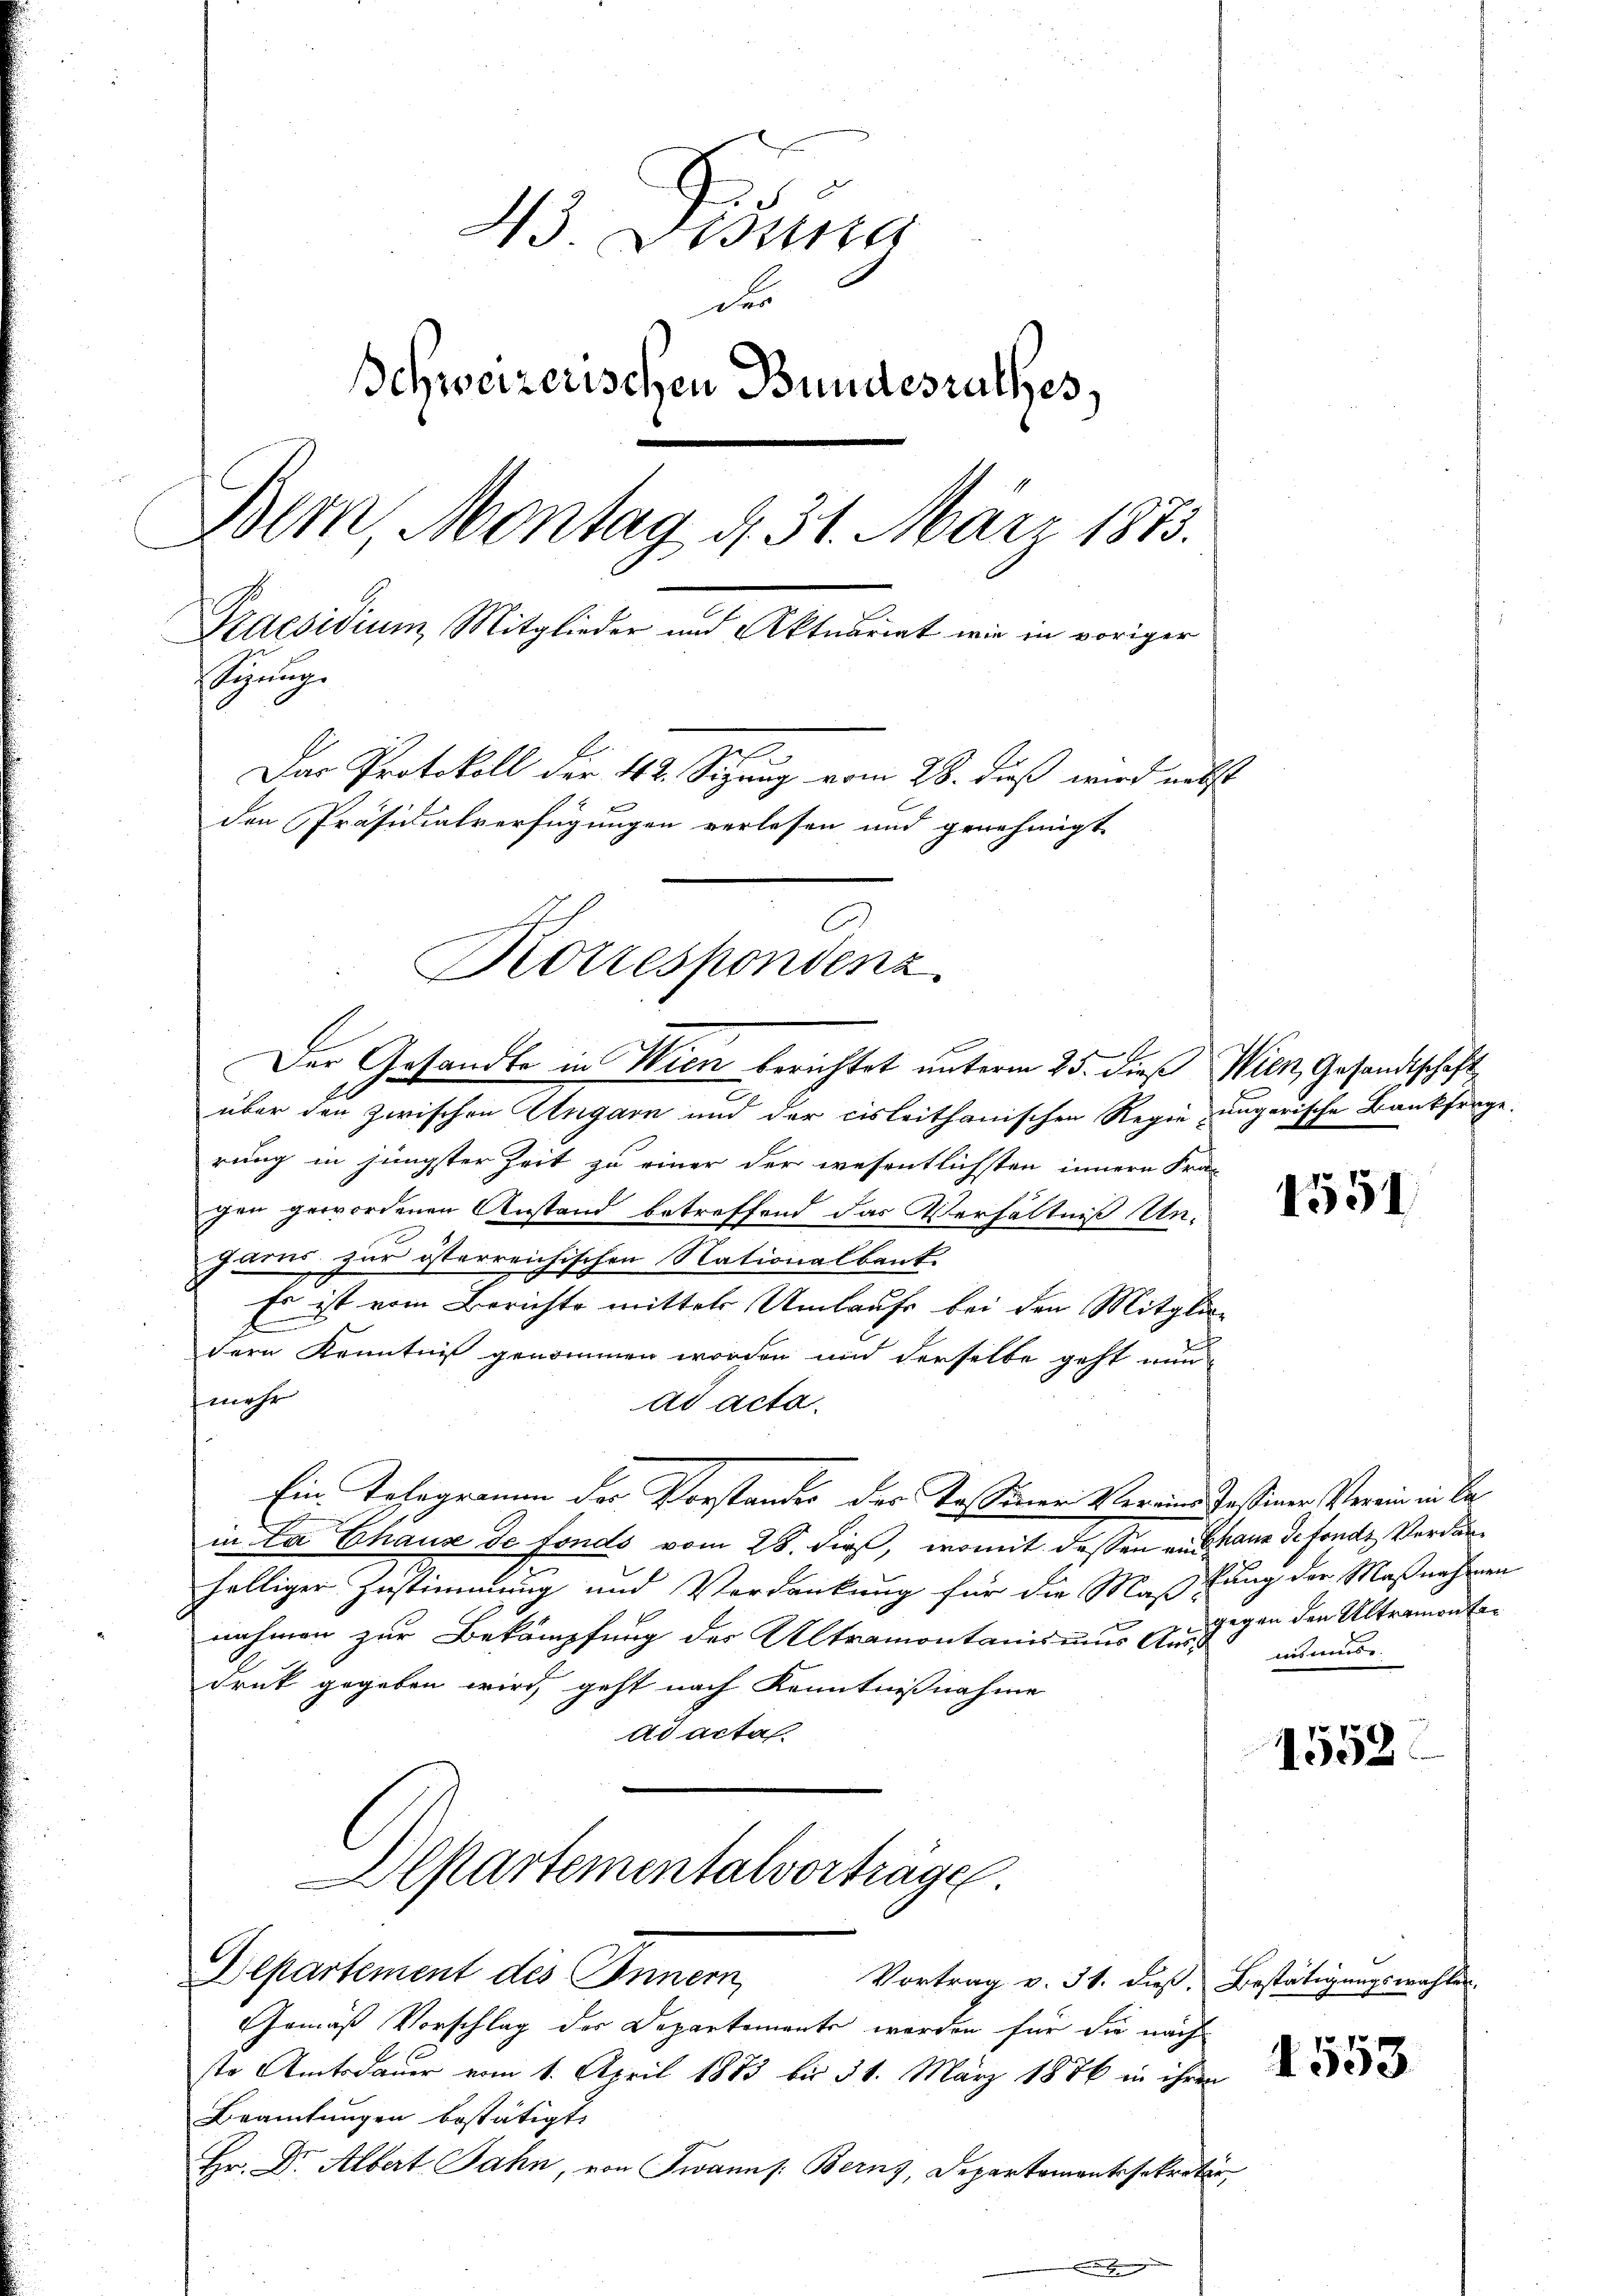
13. Disena
der
Schweizerischen Bundesrathes,
Bern, Montag d. 31. März 1873.
Praesidium Mitglieder und Aktuariat wie in voriger
yung
m
Das Protokoll der 42. Sizung vom 28. daß wird nebst
den Präsidialverfügungen verlesen und genehmigt
Korrespondenz

über den zwischen Ungarn und der cisleithanischen Regie ungerische Bankfrage
rung in jüngster Zeit zu einer der wesentlichsten innern Fra-
gen gewordenen Anstand betreffend das Verhältniß Ungarus zur österreichischen Nationalbank.
Es ist vom Berichts mittel Umlaufs bei den Mitglie-
dern Kenntniß genommen worden und derselbe geht nun
mehr
ad acta.
Ein Telegramm der Vorstandes des Tassener Vereine dassener Verein in Bein La Chaus de fonds vom 28. die, womit dessen an haus de fonds Verdanhälliger Zustimmung und Verdankung für die Massung der Maßnahmen
nahmen zur Bekämpfung des Altramontanismus Angegen den Ultramonte¬
Druk gegeben wird, geht nach Kenntnißnahme
ad actas

Departementalverträge.
Bepartement des Innern,

Der Gesandte in Wien berichtet unterm 25. dieß Wien, Gesandtschaft

Vortrag v. 31. dieß. Bestätigungswahlen.
Gemäß Vorschlag der Departemente werden für die nach
ste Amtsdauer vom 1. April 1883 bis 31. März 1876 in ihren
Beamtungen bestätigt.
Hr. Dr. Albert Jahn, von Twanns: Berns, Departamantssekretir

1551

ausmüde.

1558.

1553